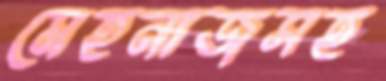
মেহনাজসহ